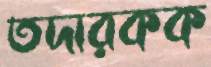
তদারকক